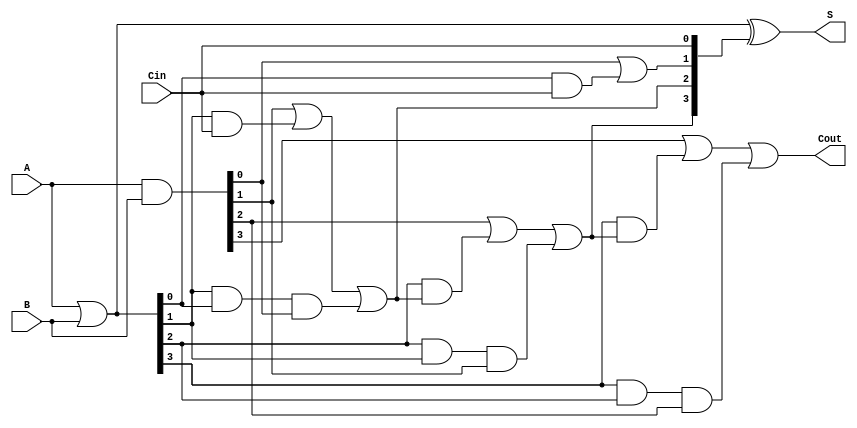
module ParallelPrefixAdder #(
    parameter N = 4 // Adjustable parameter for bit-width
)(
    input [N-1:0] A,           // First operand
    input [N-1:0] B,           // Second operand
    input Cin,                 // Carry-in
    output [N-1:0] S,          // Sum output
    output Cout                // Carry-out
);
    // Generate and propagate signals
    wire [N-1:0] G;           // Generate
    wire [N-1:0] P;           // Propagate
    wire [N:0] C;             // Carry signals (C[0] = Cin)

    // Generate and Propagate Calculation
    assign G = A & B;         // Generate: G[i] = A[i] & B[i]
    assign P = A | B;         // Propagate: P[i] = A[i] | B[i]
    assign C[0] = Cin;        // C[0] = Carry-in

    // Kogge-Stone Prefix Tree Implementation
    genvar i, j;
    
    // Calculate carry signals
    // Level 1
    assign C[1] = G[0] | (P[0] & C[0]);
    // Level 2
    assign C[2] = G[1] | (P[1] & C[0]) | (P[1] & P[0] & G[0]);
    // Level 3
    generate
        for (i = 2; i < N; i = i + 1) begin: carry_gen
            assign C[i + 1] = G[i] | (P[i] & C[i]) | (P[i] & P[i - 1] & G[i - 1]);
        end
    endgenerate

    // Sum Calculation
    assign S = P ^ {C[N-1:0]};
    
    // Carry-out
    assign Cout = C[N];

endmodule